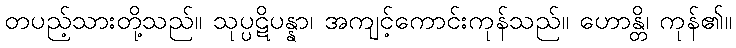
တပည့်သားတို့သည်။ သုပ္ပဋိပန္နာ၊ အကျင့်ကောင်းကုန်သည်။ ဟောန္တိ၊ ကုန်၏။